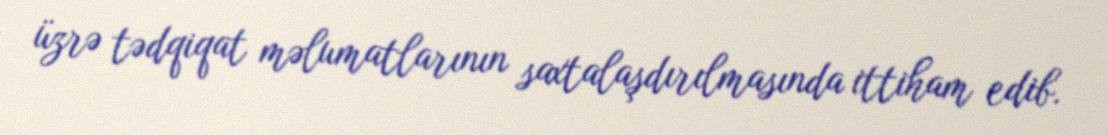
üzrə tədqiqat məlumatlarının saxtalaşdırılmasında ittiham edib.